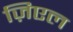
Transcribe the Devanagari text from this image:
ज़िएल